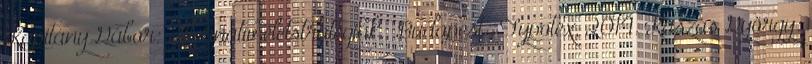
Kapitány Gábor: Alternatív életstratégiák. Budapest , Typotex, 2014. Kaszás György: